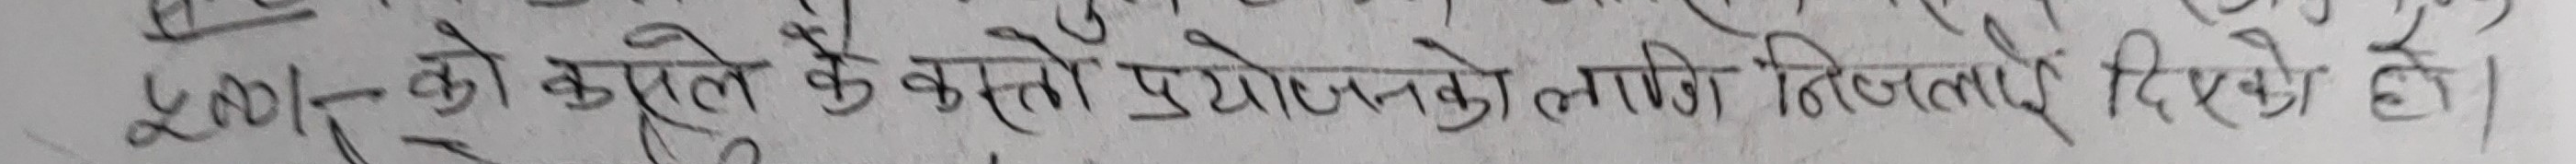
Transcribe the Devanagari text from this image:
क) कपूर के कस्तै प्रयोजनको लागि निजलाई दिएको हो।